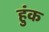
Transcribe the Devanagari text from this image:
हुंक